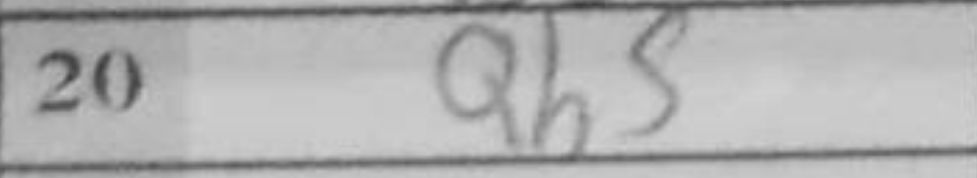
Transcription: Qh5